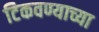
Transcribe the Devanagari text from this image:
टिकवण्याच्या